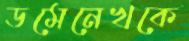
ডমেনেখকে